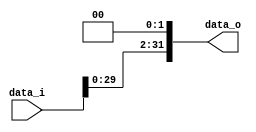
module ShiftLeft2
(
    data_i,
    data_o
);

input   [31:0]  data_i;
output  [31:0]  data_o;

assign data_o[31:2] = data_i[29:0];
assign data_o[1:0] = 2'b00;
  
endmodule